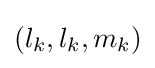
(l_{k},l_{k},m_{k})